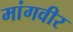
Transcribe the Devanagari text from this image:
मांगवीर